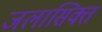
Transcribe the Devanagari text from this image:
जलासिक्त